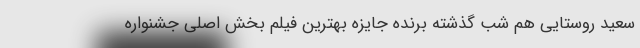
سعید روستایی هم شب گذشته برنده جایزه بهترین فیلم بخش اصلی جشنواره